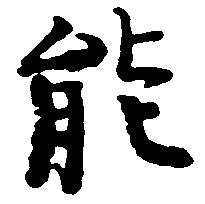
能